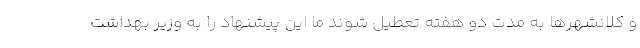
و کلانشهرها به مدت دو هفته تعطیل شوند ما این پیشنهاد را به وزیر بهداشت